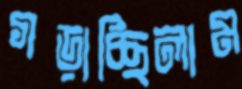
গড়াচ্ছিলাম